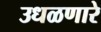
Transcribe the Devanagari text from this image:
उधळणारे